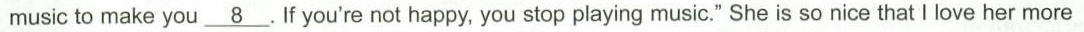
music to make you\underline{8}. If you're not happy, you stop playing music." She is so nice that I love her more